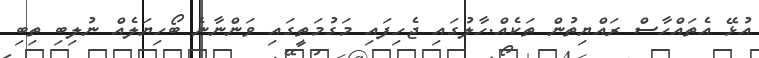
އުޅޭ އެތައްހާސް ރައްޔިތުން ތަކެއް.ހާލުގައި ޖެހިފައި މަގުމަތީގައި ވަންނާނެ ބޯހިޔަލެއް ނުލިބި ތިބި